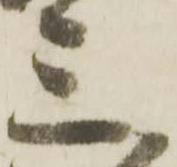
三